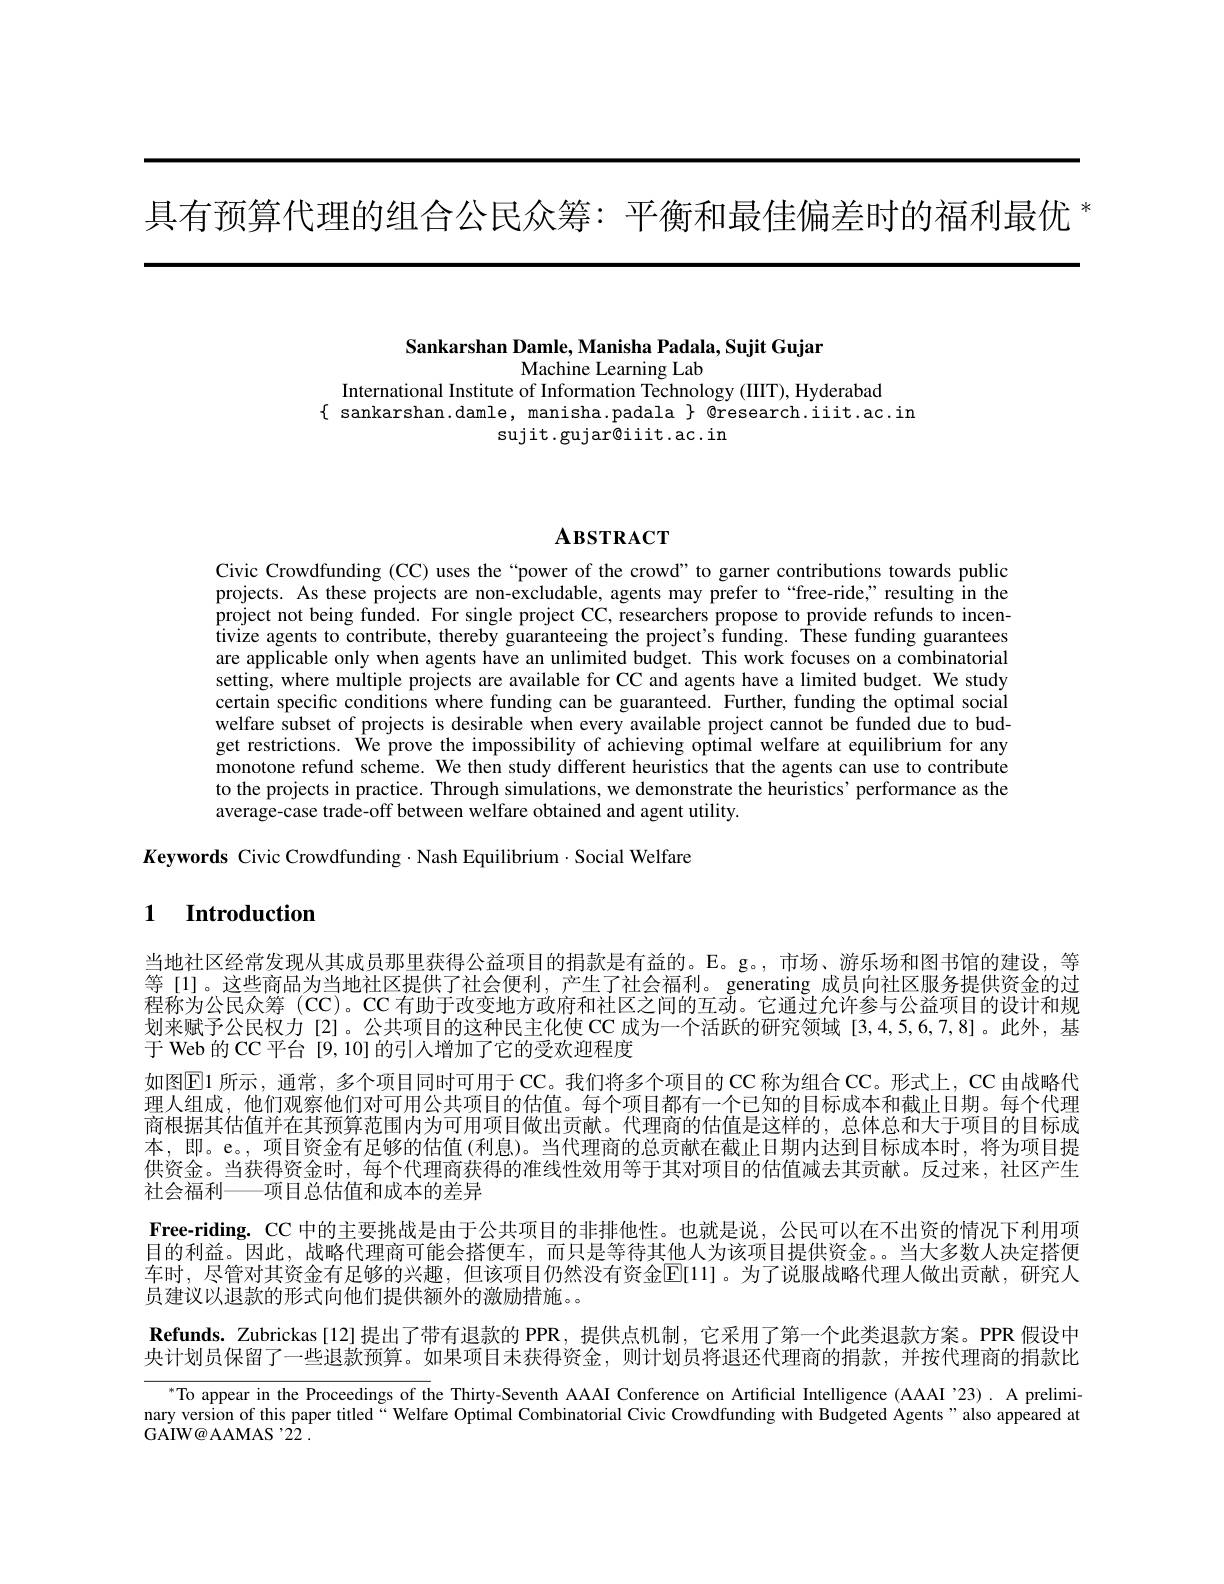
具有预算代理的组合公民众筹：平衡和最佳偏差时的福利最优$^*$

Sankarshan Damle, Manisha Padala, Sujit Gujar
Machine Learning Lab
International Institute of Information Technology (IIIT), Hyderabad

$\{$ sankarshan.damle, manisha.padala $\}$ @research.iit.ac.in
sujit.gujar@iit.ac.in

# $\mathbf{A}\mathbf{B}\mathbf{S}\mathbf{T}\mathbf{R}\mathbf{A}\mathbf{C}\mathbf{T}$

Civic Crowdfunding (CC) uses the “power of the crowd”to garner contributions towards public projects. As these projects are non-excludable, agents may prefer to“free-ride;"resulting in the project not being funded. For single project CC, researchers propose to provide refunds to incentivize agents to contribute, thereby guaranteeing the project's funding. These funding guarantees are applicable only when agents have an unlimited budget. This work focuses on a combinatorial setting, where multiple projects are available for CC and agents have a limited budget. We study certain specific conditions where funding can be guaranteed. Further, funding the optimal social welfare subset of projects is desirable when every available project cannot be funded due to budget restrictions. We prove the impossibility of achieving optimal welfare at equilibrium for any monotone refund scheme. We then study different heuristics that the agents can use to contribute to the projects in practice. Through simulations, we demonstrate the heuristics' performance as the average-case trade-off between welfare obtained and agent utility
$K$eywords Civic Crowdfunding$\cdot$Nash Equilibrium$\cdot$Social Welfare

# 1 Introduction

当地社区经常发现从其成员那里获得公益项目的捐款是有益的。E。g。,市场、游乐场和图书馆的建设，等等[l]。这些商品为当地社区提供了社会便利，产生了社会福利。generating 成员向社区服务提供资金的过程称为公民众筹 (CC)。CC 有助于改变地方政府和社区之间的互动。它通过允许参与公益项目的设计和规划来赋予公民权力[2]。公共项目的这种民主化使 CC 成为一个活跃的研究领域 [3,4,5,6,7,8]。此外，基于 Web 的 CC 平台 [9,10] 的引入增加了它的受欢迎程度
如图$\operatorname{E}$1 所示，通常，多个项目同时可用于CC。我们将多个项目的 CC 称为组合 CC。形式上，CC 由战略代理人组成，他们观察他们对可用公共项目的估值。每个项目都有一个已知的目标成本和截止日期。每个代理商根据其估值并在其预算范围内为可用项目做出贡献。代理商的估值是这样的，总体总和大于项目的目标成本，即。e。,项目资金有足够的估值(利息)。当代理商的总贡献在截止日期内达到目标成本时，将为项目提供资金。当获得资金时，每个代理商获得的准线性效用等于其对项目的估值减去其贡献。反过来，社区产生社会福利——项目总估值和成本的差异
Free-riding. CC 中的主要挑战是由于公共项目的非排他性。也就是说，公民可以在不出资的情况下利用项目的利益。因此，战略代理商可能会搭便车，而只是等待其他人为该项目提供资金。当大多数人决定搭便车时，尽管对其资金有足够的兴趣，但该项目仍然没有资金$\overline{\mathrm{E}}[11]$。为了说服战略代理人做出贡献，研究人员建议以退款的形式向他们提供额外的激励措施。。
Refunds. Zubrickas[12]提出了带有退款的 PPR,提供点机制，它采用了第一个此类退款方案。PPR 假设中央计划员保留了一些退款预算。如果项目未获得资金，则计划员将退还代理商的捐款，并按代理商的捐款比
$^{*}$To appear in the Proceedings of the Thirty-Seventh AAAI Conference on Artificial Intelligence (AAAI'23). A prelimi nary version of this paper titled“Welfare Optimal Combinatorial Civic Crowdfunding with Budgeted Agents" also appeared at GAIW@AAMAS '22 .